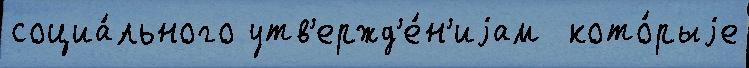
социа́льного утв'ержд'е́н'иjам  кото́рыjе